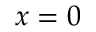
x = 0